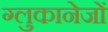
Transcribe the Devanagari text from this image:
ग्लुकानेजों